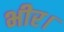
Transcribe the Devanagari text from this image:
भीर।